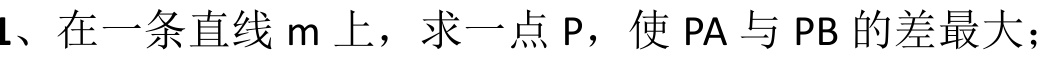
1、在一条直线 \(m\) 上，求一点 \(P\)，使 \(PA\) 与 \(PB\) 的差最大；